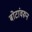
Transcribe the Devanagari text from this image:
बोटांवरून